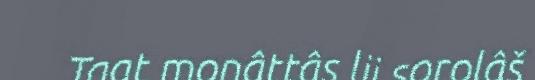
Taat monâttâs lii sorolâš